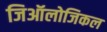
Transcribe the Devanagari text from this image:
जिऑलोजिकल